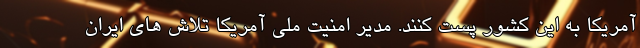
آمریکا به این کشور پست کنند. مدیر امنیت ملی آمریکا تلاش های ایران